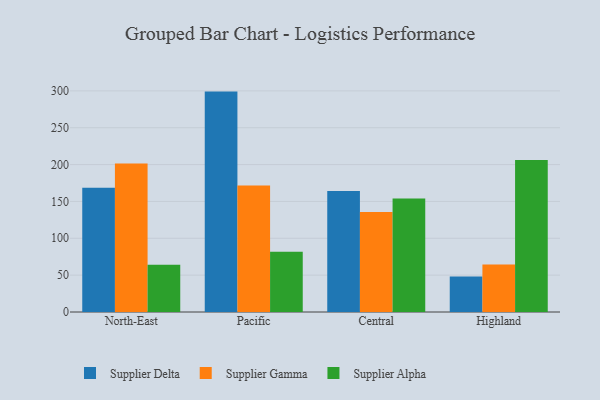
{"axis": {"x": "Region", "y": "Active Users"}, "legend": ["Supplier Alpha", "Supplier Delta", "Supplier Gamma"], "data": [{"x": "North-East", "y": 168.6, "type": "Supplier Delta"}, {"x": "North-East", "y": 201.5, "type": "Supplier Gamma"}, {"x": "North-East", "y": 64.1, "type": "Supplier Alpha"}, {"x": "Pacific", "y": 299.0, "type": "Supplier Delta"}, {"x": "Pacific", "y": 171.5, "type": "Supplier Gamma"}, {"x": "Pacific", "y": 81.8, "type": "Supplier Alpha"}, {"x": "Central", "y": 164.1, "type": "Supplier Delta"}, {"x": "Central", "y": 135.5, "type": "Supplier Gamma"}, {"x": "Central", "y": 153.9, "type": "Supplier Alpha"}, {"x": "Highland", "y": 48.2, "type": "Supplier Delta"}, {"x": "Highland", "y": 64.5, "type": "Supplier Gamma"}, {"x": "Highland", "y": 206.2, "type": "Supplier Alpha"}]}